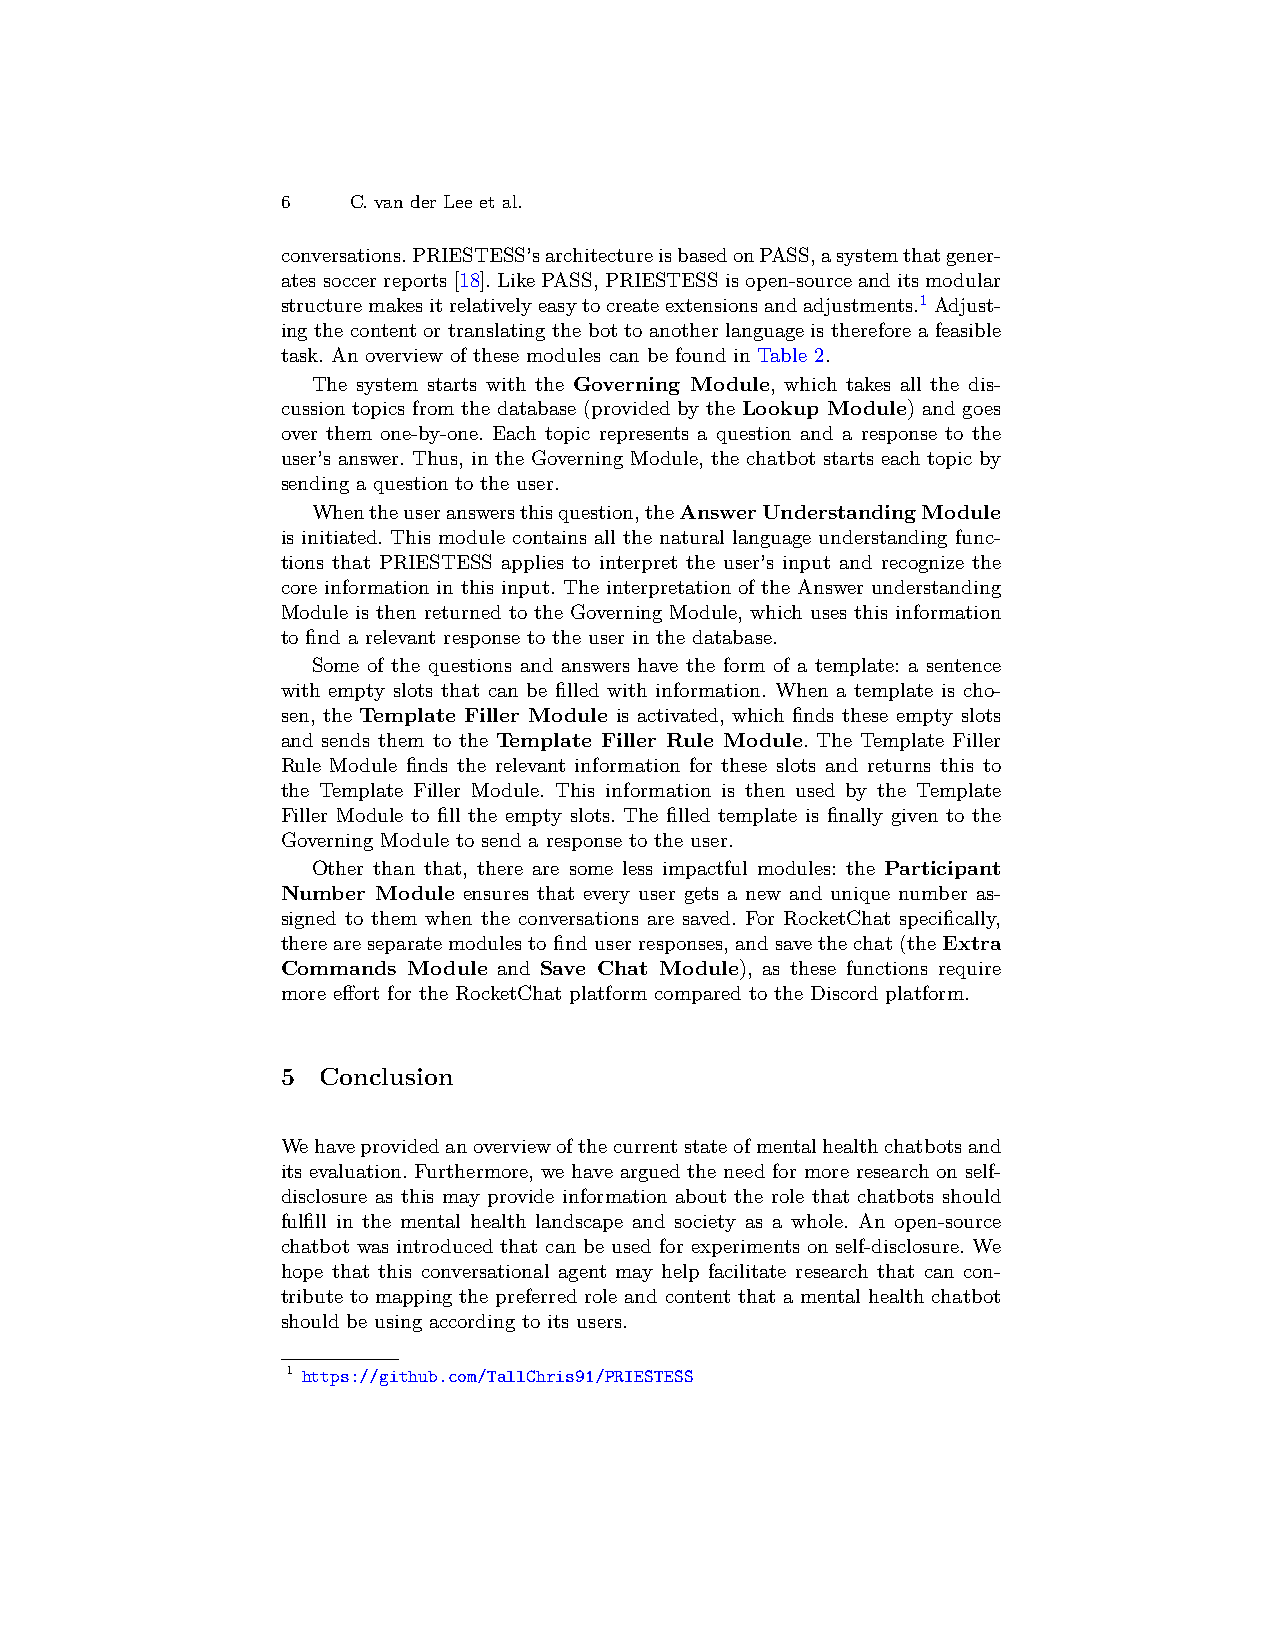
6   C. van der Lee et al.
 conversations.PRIESTESS’sarchitectureisbasedonPASS,asystemthatgener-
 atessoccerreports[18].LikePASS,PRIESTESSisopen-sourceanditsmodular
 structuremakesitrelativelyeasytocreateextensionsandadjustments.1 Adjust-
 ing the content or translating the bot to another language is therefore a feasible
 task. An overview of these modules can be found in Table 2.
 The system starts with the Governing Module, which takes all the dis-
 cussion topics from the database (provided by the Lookup Module) and goes
 over them one-by-one. Each topic represents a question and a response to the
 user’s answer. Thus, in the Governing Module, the chatbot starts each topic by
 sending a question to the user.
 Whentheuseranswersthisquestion,theAnswerUnderstandingModule
 is initiated. This module contains all the natural language understanding func-
 tions that PRIESTESS applies to interpret the user’s input and recognize the
 core information in this input. The interpretation of the Answer understanding
 Module is then returned to the Governing Module, which uses this information
 to find a relevant response to the user in the database.
 Some of the questions and answers have the form of a template: a sentence
 with empty slots that can be filled with information. When a template is cho-
 sen, the Template Filler Module is activated, which finds these empty slots
 and sends them to the Template Filler Rule Module. The Template Filler
 Rule Module finds the relevant information for these slots and returns this to
 the Template Filler Module. This information is then used by the Template
 Filler Module to fill the empty slots. The filled template is finally given to the
 Governing Module to send a response to the user.
 Other than that, there are some less impactful modules: the Participant
 Number Module ensures that every user gets a new and unique number as-
 signed to them when the conversations are saved. For RocketChat specifically,
 there are separate modules to find user responses, and save the chat(the Extra
 Commands Module and Save Chat Module), as these functions require
 more effort for the RocketChat platform compared to the Discord platform.
 5 Conclusion
 Wehaveprovidedanoverviewofthecurrentstateofmentalhealthchatbotsand
 its evaluation. Furthermore, we have argued the need for more research on self-
 disclosure as this may provide information about the role that chatbots should
 fulfill in the mental health landscape and society as a whole. An open-source
 chatbot was introduced that can be used for experiments on self-disclosure. We
 hope that this conversational agent may help facilitate research that can con-
 tribute to mapping the preferred role and content that a mental health chatbot
 should be using according to its users.
 1 https://github.com/TallChris91/PRIESTESS